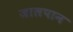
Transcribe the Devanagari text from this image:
जालपान